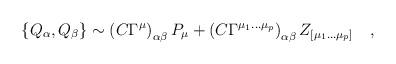
LaTeX: \begin{align*}\{ Q_\alpha, Q_\beta \} \sim \left( C \Gamma^\mu \right)_{\alpha\beta}P_\mu + \left( C \Gamma^{\mu_1\ldots\mu_p} \right)_{\alpha\beta}Z_{[\mu_1\ldots\mu_p]} \quad ,\end{align*}